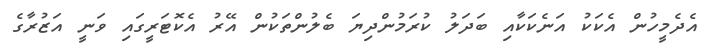
އެދެމީހުން އެކަކު އަނެކަކާއި ބަދަލު ކުރަމުންދިޔަ ބެލުންތަކުން އޭރު އެކޮޓަރީގައި ވަނީ އަޒުރާގެ